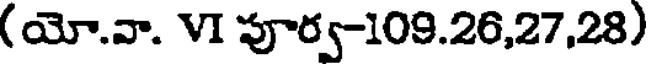
(యో.వా. VI పూర్వ-109.26,27,28)